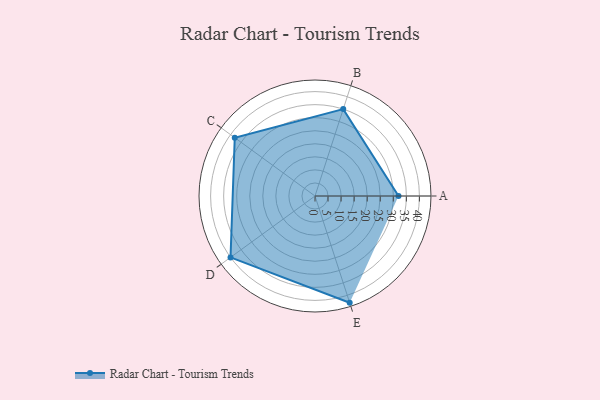
{"axis": {"x": "Skill", "y": "Score"}, "legend": ["Profile"], "data": [{"x": "A", "y": 32.0, "type": "Profile"}, {"x": "B", "y": 35.0, "type": "Profile"}, {"x": "C", "y": 38.0, "type": "Profile"}, {"x": "D", "y": 40.0, "type": "Profile"}, {"x": "E", "y": 43.0, "type": "Profile"}]}